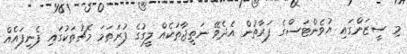
މި ސީޒަންގައި ޔުވެންޓަސްގެ ފަރާތުން އެދެވޭ ނަތީޖާތަކެއް ލީގުގެ ފުރަތަމަ މެޗުތަކުގައި ފެނިފައެއް